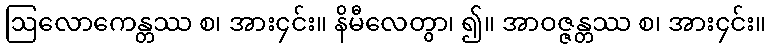
ဩလောကေန္တဿ စ၊ အား၄င်း။ နိမီလေတွာ၊ ၍။ အာဝဇ္ဇန္တဿ စ၊ အား၄င်း။